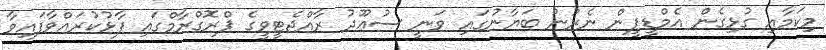
މިކަމާއި ގުޅިގެން އެމްޑީޕީން ނެރުނު ބަޔާނުގައި ވަނީ ސުޢޫދު ރާއްޖެޓީވީގެ ޕްރޮގްރާމްގައި ފާޅުކުރައްވާފައިވާ